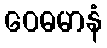
ဝေဓမာနံ